Vital statistics of India. Vol. IV, Annual returns from 1871 to 1876. British Army of India, Native Army and jails of Bengal
Year: 1871
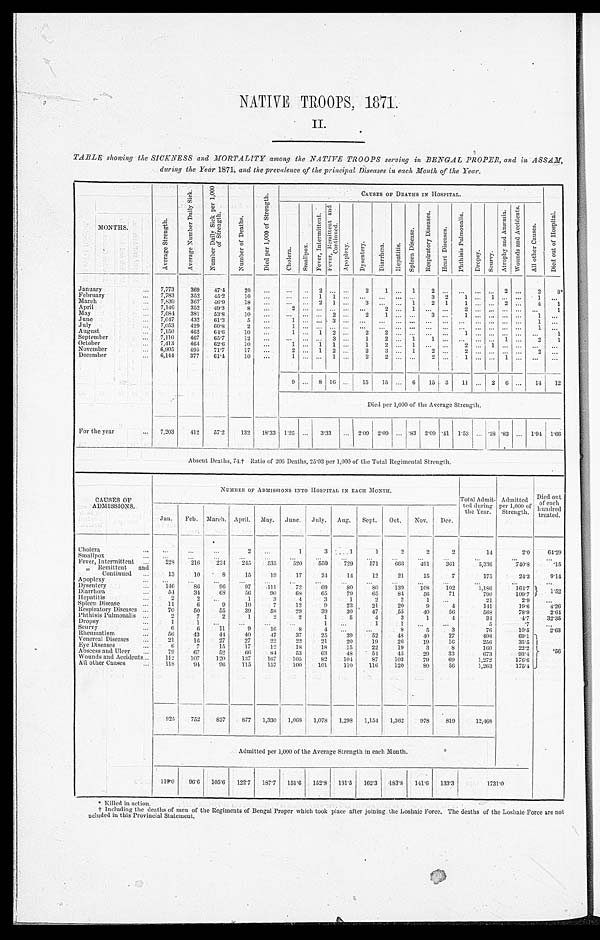
NATIVE TROOPS, 1871.
II.
TABLE showing the SICKNESS and MORTALITY among the NATIVE TROOPS serving in BENGAL PROPER, and in ASSAM,
during the Year 1871, and the prevalence of lice principal Diseases in each Month of the Year.
M O N T H S .
A v e r a g e S t r e n g t h .
A v e r a g e N u m b e r D a i l y S i c k .
N u m b e r D a i l y S i c k p e r 1 , 0 0 0 o f S t r e n g t h .
N u m b e r o f
D e a t h s .
D i e d p e r 1 , 0 0 0 o f S t r e n g t h .
CAUSES OF DEATHS IN HOSPITAL.
D i e d o u t o f H o s p i t a l .
C h o l e r a .
S m a l l p o x
F e v e r , I n t e r m i t t e n t . F e v e r , R e m i t t e n t a n d
C o n t i n u e d .
A p o p l e x y .
D y s e n t e r y . D i a r r h œ a .
H e p a t i t i s .
S p l e e n D i s e a s e .
R e s p i r a t o r y D i s e a s e s .
H e a r t D i s e a s e s .
P h t h i s i s P u l m o n a l i s .
D r o p s y .
S c u r v y .
A t r o p h y a n d A n æ m i a . W o u n d s a n d A c c i d e n t s .
A l l o t h e r
C a u s e s .
January
7,773
369 47.4
20 ...
...
. . . 2 . . . . . .
2
1
. . . 1
2
. . . ... . . . . . . 2
. . .
2
8*
February
7,783
352 45.2
10
... ... . . . 1 1 ...
. . . ... ... ...
3 2 1
. . . 1 . . . . . .
1
. . .
March
7,830
367 46.9
18 ...
. . . . . . 2 1
. . . 3
. . .
. . . 1
2 1
1
. . . . . . 2
. . . 4
1
April
7,146
352 49.3
8
...
2 . . . . . . . . . . . .
. . . 2
. . .
1
. . . . . .
2 . . . . . . . . . . . .
. . . 1
May
7,084 381
53.8
10 ...
...
. . . . . . 2 . . . 2
1
. . .
...
3 .. .
1 ... ... ... ...
1 ...
June
7,047 432
61.3
5
...
1 . . . . . . 3 . . .
. . . ...
. . . ...
. . . ... ... ... ... ...
. . . 1 ...
July
7,053
429 60.8
2
...
1
. . . . . . . . . . . .
. . . . . .
. . . ... ... ... ... ... ... ... ...
1 ...
August
7,150
462 64.6
10
...
1
. . . 1 2
. . . 2
2
. . .
... ...
. . . 1
. . . . . . . . . . . .
. . . 1
September
7,110
467
65.7
12 ...
... ... ... 3
. . . 1
2
. . . 1
1
. . . ...
. . . ... 1 ...
2
1
October
7,413
464 62.6
10
. . . 1
. . . 1 1 ...
1
2 . . .
1
. . . . . . 2
. . . 1 . . . . . .
. . .
. . .
November
6,905
495 71.7
17 ...
2 ... 1 2 ...
2
3 ... 1
2 . . . 2
. . . . . . . . . . . . 2
. . .
December
6,144 377 61.4
10 ...
1 . . . . . . 1
. . .
2
2 . . .
...
2 . . . 1
. . . . . . 1
. . .
. . .
. . .
9 ... 8 16 ... 15 15 ... 6 15
3
11 ... 2 6 ... 14 12
Died per 1,000 of the Average Strength.
For the year
7,203
412
57.2 132 18.33 1.25 ... 3.33 ... 2.09 2.09 ... .83 2.09 .41 1.53 . . . .28 .83 ... 1.94 1.66
Absent Deaths, 74.† Ratio of 206 Deaths, 25.03 per 1,000 of the Total Regimental Strength.
CAUSES OF
ADMISSIONS.
NUMBER OF ADMISSION INTO HOSPITAL IN EACH MONTH.
Total Admit-
ted during
the Year.
Admitted
per 1,000 of
Strength.
Died out
of each
hundred
treated.
Jan. Feb. March. April. May. June. July. Aug. Sept. Oct. Nov. Dec.
C h o l e r a .
...
. . .
. . .
2
. . .
1
3
1
1
2
2
2
14
2.0
64.29
Smallpox
. . .
. . .
. . .
. . .
. . .
...
...
...
...
...
...
...
. . .
. . . ...
Fever, Intermittent
228 216
224 245
535
520
550
729
571
660
491
361
5,336
740.8
.15
” Remittent and
Continued
13
10
8
15
19
17
24
14
12
21
15
7
175
24.3
9. 14
Apoplexy
. . .
...
...
...
...
...
. . . ...
...
...
...
...
. . .
. . . ...
Dysentery
146
86
96
97
111
72
69
8 0
8 0 139
108
102
1 , 1 8 6
164.7
1. 52
D i a r r h œ a
54
34
68
56
9 0
68
65
79
65
84
56
71
790
109.7
Hepatitis
2
2
. . .
1
3
4
3
1
2
2
1
. . .
21
2.9
. . .
Spleen Disease
11
6
9
10
7
12
9
23
21
20
9
4
141
19.6
4. 26
Respiratory Diseases
70
50
55
39
58
29
39
30
47
55
40
56
568
78.9
2. 64
Phthisis Pulmonalis
2
7
2
1
2
2
1
5
4
3
1
4
3 4
4.7
32.35
Dropsy
1
1
. . ...
...
...
1
. . .
1
1
. . . ...
5
.7
. . .
Scurvy
6
6
11
9
16
8
4
. . .
. . .
8
5
3
76
10.5
2. 63
Rheumatism
56
43
44
40
47
37
25
39
52
48
4 0
27
498
69.1
. 5 6
Venereal Diseases
21
16
27
27
22
22
21
20
19
26
19
16
256
35.5
Eye Diseases
6
7
15
17
12
18
18
15
22
19
3
8
160
22.2
Abscess and Ulcer
79
67
52
6 6
84
53
63
48
54
45
29
33
673
93.4
Wounds and Accidents
112
107
120
137
167
105
82
104
87
103
79
69
1,272
176.6
All other Causes
118
91
96
115
157
100
101
110
116
120
80
56
1,263
175.4
925
752
827
877 1,330 1,068 1,078 1,298 1,154 1,362
978
819
12,468
Admi t t ed per 1, 000 of t he Average St rengt h i n each Mont h.
119.0 96.6 105.6 122.7 187.7 151.6 152.8 181.5 162.3 183.8 141.6 133.3
1 7 3 1 . 0
* Killed in action.
† Including the deaths of men of the Regiments of Bengal Proper which took place after joining the Loshaie Force. The deaths of the Loshaie Force are no
t included in this Provincial Statement.